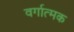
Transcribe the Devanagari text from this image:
वर्गात्मक